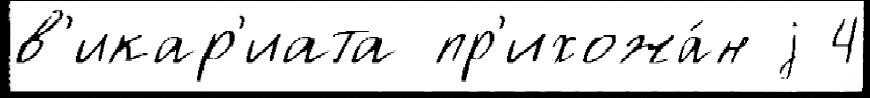
в'икар'иата пр'ихожа́н j 4